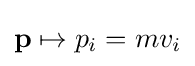
\mathbf {p} \mapsto p_{i}=mv_{i}